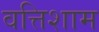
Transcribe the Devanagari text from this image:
वत्तिशाम